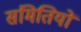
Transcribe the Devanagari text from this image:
संमितियों